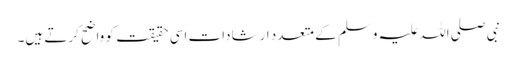
نبی صلی اللہ علیہ وسلم کے متعدد ارشادات اسی حقیقت کو واضح کرتے ہیں۔